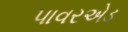
પાવરએડ